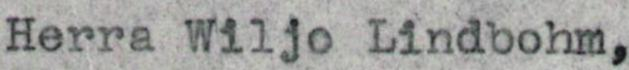
Herra Wiljo Lindbohm,